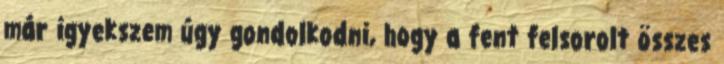
már igyekszem úgy gondolkodni, hogy a fent felsorolt összes